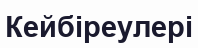
Кейбіреулері